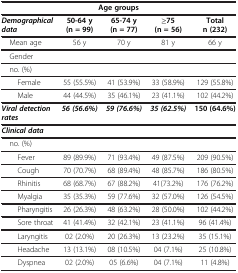
<table><thead><tr><td colspan="5"><b>Age groups</b></td></tr><tr><td><b><i>Demographical data</i></b></td><td><b>50-64 y (n = 99)</b></td><td><b>65-74 y (n = 77)</b></td><td><b>≥75 (n = 56)</b></td><td><b>Total n (232)</b></td></tr></thead><tbody><tr><td> Mean age</td><td>56 y</td><td>70 y</td><td>81 y</td><td>66 y</td></tr><tr><td> Gender</td><td> </td><td> </td><td> </td><td> </td></tr><tr><td> no. (%)</td><td> </td><td> </td><td> </td><td> </td></tr><tr><td>Female</td><td>55 (55.5%)</td><td>41 (53.9%)</td><td>33 (58.9%)</td><td>129 (55.8%)</td></tr><tr><td>Male</td><td>44 (44.5%)</td><td>35 (46.1%)</td><td>23 (41.1%)</td><td>102 (44.2%)</td></tr><tr><td><b><i>Viral detection rates</i></b></td><td><b><i>56 (56.6%)</i></b></td><td><b><i>59 (76.6%)</i></b></td><td><b><i>35 (62.5%)</i></b></td><td><b>150 (64.6%)</b></td></tr><tr><td><b><i>Clinical data</i></b></td><td> </td><td> </td><td> </td><td> </td></tr><tr><td> no. (%)</td><td> </td><td> </td><td> </td><td> </td></tr><tr><td>Fever</td><td>89 (89.9%)</td><td>71 (93.4%)</td><td>49 (87.5%)</td><td>209 (90.5%)</td></tr><tr><td>Cough</td><td>70 (70.7%)</td><td>68 (89.4%)</td><td>48 (85.7%)</td><td>186 (80.5%)</td></tr><tr><td>Rhinitis</td><td>68 (68.7%)</td><td>67 (88.2%)</td><td>41(73.2%)</td><td>176 (76.2%)</td></tr><tr><td>Myalgia</td><td>35 (35.3%)</td><td>59 (77.6%)</td><td>32 (57.0%)</td><td>126 (54.5%)</td></tr><tr><td>Pharyngitis</td><td>26 (26.3%)</td><td>48 (63.2%)</td><td>28 (50.0%)</td><td>102 (44.2%)</td></tr><tr><td>Sore throat</td><td>41 (41.4%)</td><td>32 (42.1%)</td><td>23 (41.1%)</td><td>96 (41.4%)</td></tr><tr><td>Laryngitis</td><td>02 (2.0%)</td><td>20 (26.3%)</td><td>13 (23.2%)</td><td>35 (15.1%)</td></tr><tr><td>Headache</td><td>13 (13.1%)</td><td>08 (10.5%)</td><td>04 (7.1%)</td><td>25 (10.8%)</td></tr><tr><td>Dyspnea</td><td>02 (2.0%)</td><td>05 (6.6%)</td><td>04 (7.1%)</td><td>11 (4.8%)</td></tr></tbody></table>